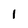
Character: l